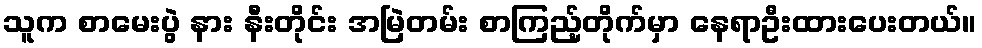
သူက စာမေးပွဲ နား နီးတိုင်း အမြဲတမ်း စာကြည့်တိုက်မှာ နေရာဦးထားပေးတယ်။